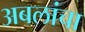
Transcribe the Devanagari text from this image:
अबलांचा